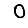
Digit: 0